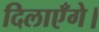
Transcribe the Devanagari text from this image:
दिलाएँगे।